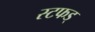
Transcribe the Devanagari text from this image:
स्टफड्